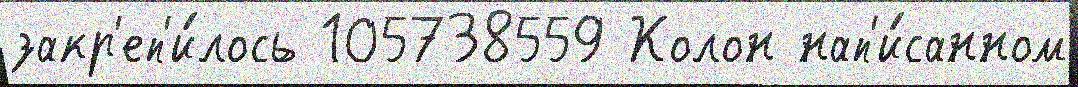
закр'еп'и́лось 105738559 Колон нап'и́санном